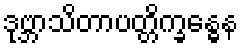
ဒုဗ္ဘာသိတာပတ္တိက္ခန္ဓေန